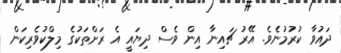
ދައުވާ ކުރުމުނެވެ. އޭރު ޗައިނާ އިން ވެސް ދިޔައީ އެ ރަށްތަކުގެ މިލްކުވެރިކަން